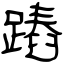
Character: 蹖